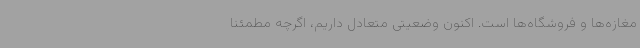
مغازه‌ها و فروشگاه‌ها است. اکنون وضعیتی متعادل داریم، اگرچه مطمئنا